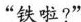
"铁啦?”